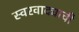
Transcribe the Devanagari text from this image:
स्वरवाद्याची